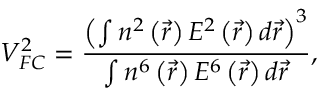
V _ { F C } ^ { 2 } = \frac { \left( \int n ^ { 2 } \left( \vec { r } \right) E ^ { 2 } \left( \vec { r } \right) d \vec { r } \right) ^ { 3 } } { \int n ^ { 6 } \left( \vec { r } \right) E ^ { 6 } \left( \vec { r } \right) d \vec { r } } ,